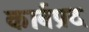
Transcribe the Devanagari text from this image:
कार्बप्रद